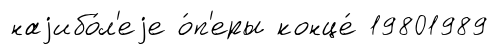
наjибо́л'еjе о́п'еры конце́ 19801989